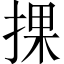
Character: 捰